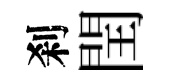
刹閏